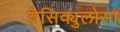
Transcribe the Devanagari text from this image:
वेसिक्युलोसा